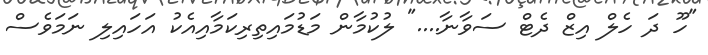
"ހޫ ދަ ހެލް އިޒް ދެޓް ސަވާނާ...." ލުކުމާން މަޑުމައިތިރިކަމާއިއެކު އަހައިލި ނަމަވެސް